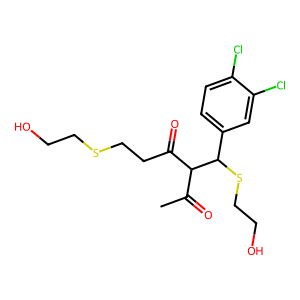
SMILES: CC(=O)C(C(=O)CCSCCO)C(SCCO)c1ccc(Cl)c(Cl)c1
Inhibits HIV replication: No